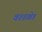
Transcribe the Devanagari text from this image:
वरुडखेड